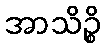
အာသိဉ္စိ